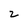
Character: 2